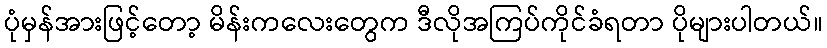
ပုံမှန်အားဖြင့်တော့ မိန်းကလေးတွေက ဒီလိုအကြပ်ကိုင်ခံရတာ ပိုများပါတယ်။